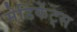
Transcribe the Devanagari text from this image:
मेडिकेंट्स